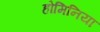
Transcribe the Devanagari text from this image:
होमिनिया